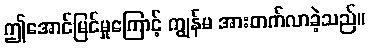
ဤအောင်မြင်မှုကြောင့် ကျွန်မ အားတက်လာခဲ့သည်။